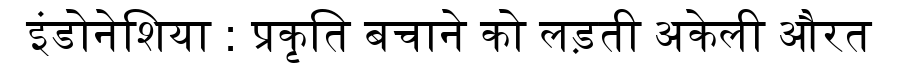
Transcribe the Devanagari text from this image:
इंडोनेशिया : प्रकृति बचाने को लड़ती अकेली औरत